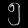
Digit: ၅